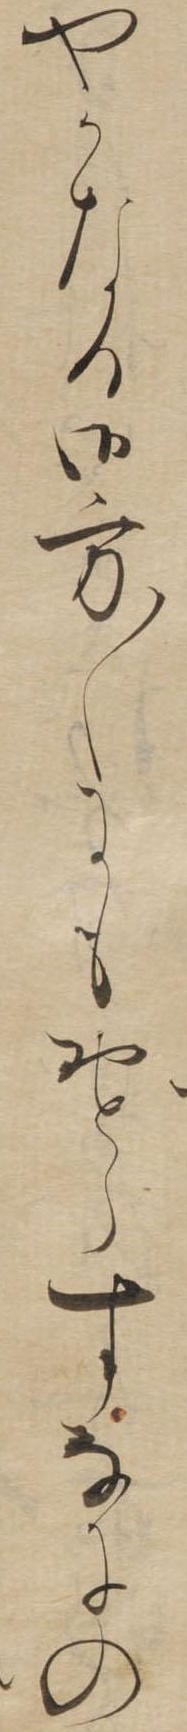
やかなる御方〱にもおとらすなにの